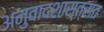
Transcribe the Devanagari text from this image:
अनुवादशास्त्रात